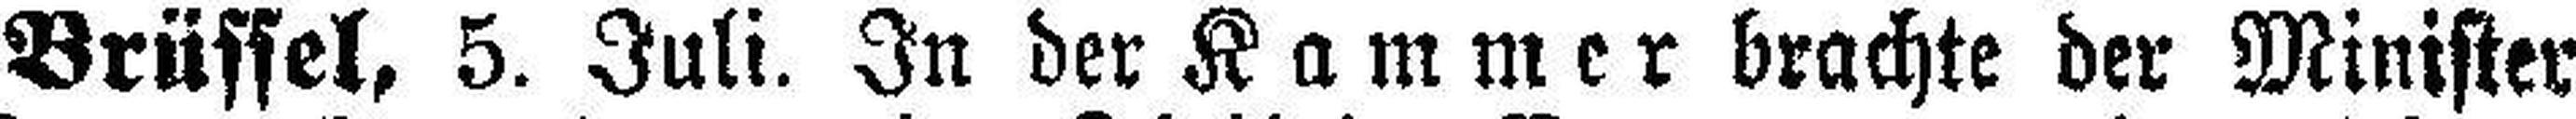
Brüssel, 5. Juli. In der Kammer brachte der Minister